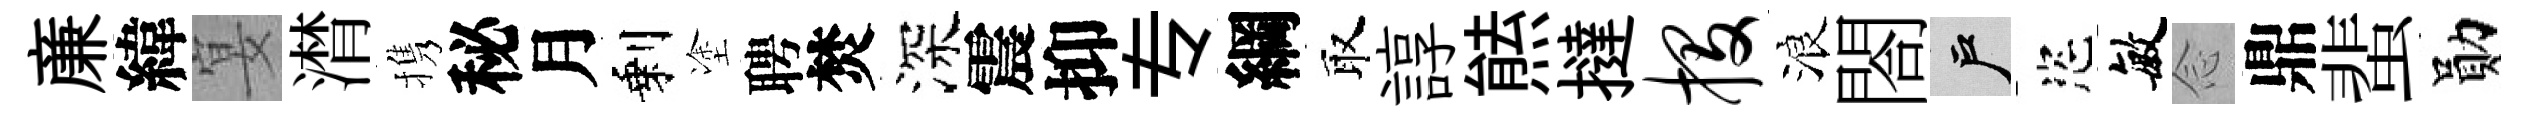
亷緯宴潸携秘月剩塗聘焚深震抑专綱取諄㷱撻投浪閤户恣敏𫝹鼎蜚勛